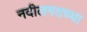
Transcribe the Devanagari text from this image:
नदीलगतच्या